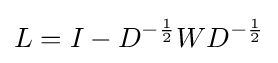
L=I-D^{-{\frac {1}{2}}}WD^{-{\frac {1}{2}}}